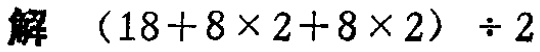
解 \((18 + 8\times 2 + 8\times 2)\div 2\)